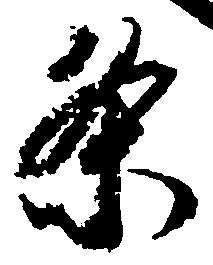
条